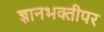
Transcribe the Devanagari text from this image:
ज्ञानभक्तीपर